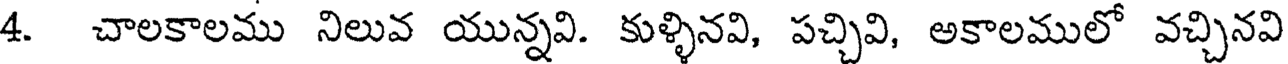
4. చాలకాలము నిలువ యున్నవి. కుళ్ళినవి, పచ్చివి, అకాలములో వచ్చినవి